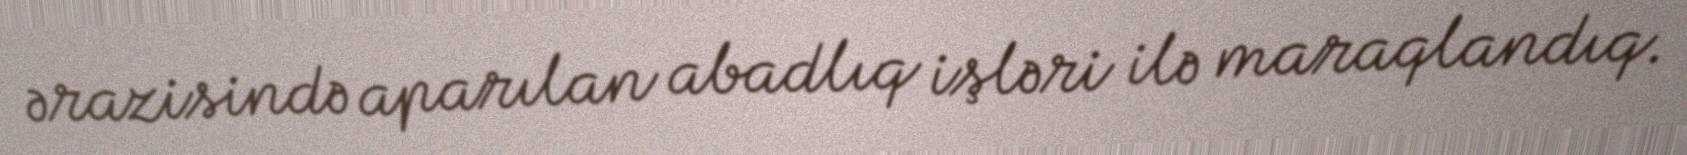
ərazisində aparılan abadlıq işləri ilə maraqlandıq.